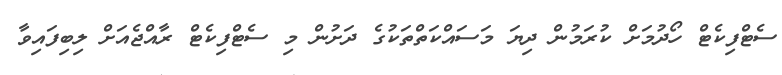
ސެޓްފިކެޓް ހޯދުމަށް ކުރަމުން ދިޔަ މަސައްކަތްތަކުގެ ދަށުން މި ސެޓްފިކެޓް ރާއްޖެއަށް ލިބިފައިވާ